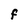
Character: F